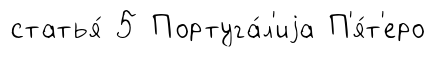
статья́ 5 Португа́л'иjа П'я́т'еро